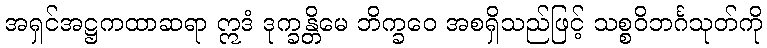
အရှင်အဋ္ဌကထာဆရာ ဣဒံ ဒုက္ခန္တိမေ ဘိက္ခဝေ အစရှိသည်ဖြင့် သစ္စဝိဘင်္ဂသုတ်ကို